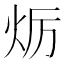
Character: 𤇃